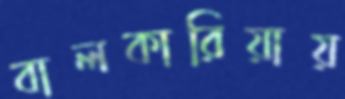
বালকারিয়ায়